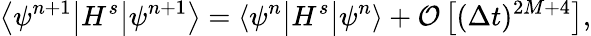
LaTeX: \left\langle\psi^{n+1}\big|H^{s}\big|\psi^{n+1}\right\rangle=\left\langle\psi^{n}\big|H^{s}\big|\psi^{n}\right\rangle+{\cal O}\left[(\Delta t)^{2M+4}\right],